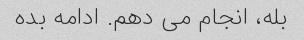
بله، انجام می دهم. ادامه بده